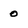
Character: 0